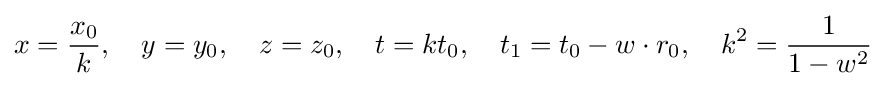
x={\frac {x_{0}}{k}},\quad y=y_{0},\quad z=z_{0},\quad t=kt_{0},\quad t_{1}=t_{0}-w\cdot r_{0},\quad k^{2}={\frac {1}{1-w^{2}}}